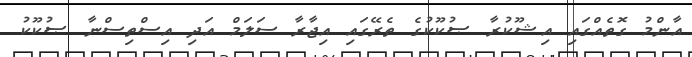
އާންމު ގޮތެއްގައި އިޝޫކުރާ ޞުކޫކުގެ ތެރޭގައި އިޖާރާ ސަލަމް އަދި އިސްތިސްނާ ޞުކޫކު